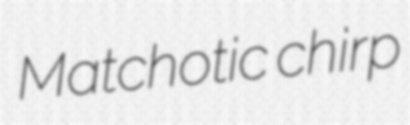
Matchotic chirp